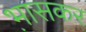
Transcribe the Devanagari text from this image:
भ़ासकर